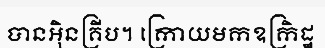
បានអ៊ិនគ្រីប។ ក្រោយមកឧក្រិដ្ឋ